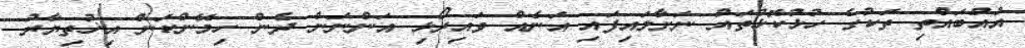
އުއްބައްތި ތަކުގެ ހުޅުކޮޅުތައް ނަށާލައިފައި އަނެއް ވައިރޯޅި އަންނަން ދެން ހިމޭންކަން އިޚުތިޔާރު